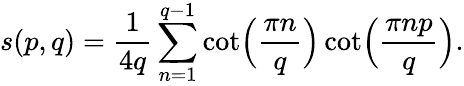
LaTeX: s(p,q)={\frac{1}{4q}}\sum_{n=1}^{q-1}\cot\Bigl({\frac{\pi n}{q}}\Bigr)\cot\Bigl({\frac{\pi np}{q}}\Bigr).